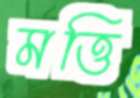
মত্তি